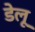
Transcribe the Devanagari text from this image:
डेलू